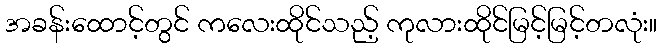
အခန်းထောင့်တွင် ကလေးထိုင်သည့် ကုလားထိုင်မြင့်မြင့်တလုံး။